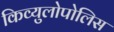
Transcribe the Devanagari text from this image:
किव्युलोपोलिस